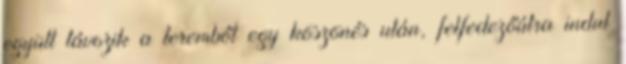
együtt távozik a teremből egy köszönés után, felfedezőútra indul